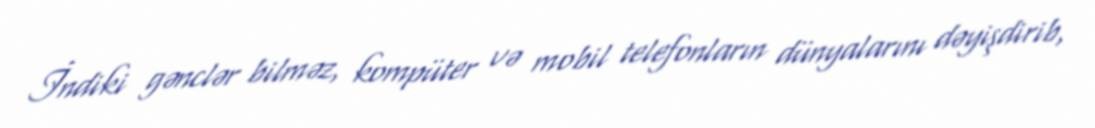
İndiki gənclər bilməz, kompüter və mobil telefonların dünyalarını dəyişdirib,